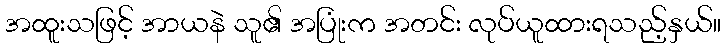
အထူးသဖြင့် အာယနဲ သူ၏ အပြုံးက အတင်း လုပ်ယူထားရသည့်နှယ်။